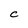
Character: C